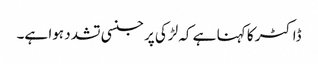
ڈاکٹر کا کہنا ہے کہ لڑکی پر جنسی تشدد ہوا ہے۔